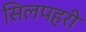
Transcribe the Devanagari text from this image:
सिलपहरी